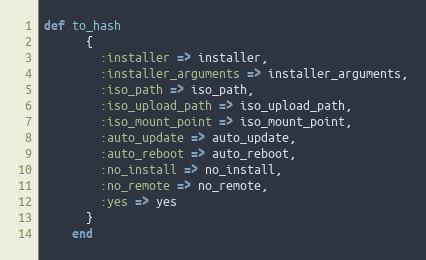
Language: Ruby
def to_hash
      {
        :installer => installer,
        :installer_arguments => installer_arguments,
        :iso_path => iso_path,
        :iso_upload_path => iso_upload_path,
        :iso_mount_point => iso_mount_point,
        :auto_update => auto_update,
        :auto_reboot => auto_reboot,
        :no_install => no_install,
        :no_remote => no_remote,
        :yes => yes
      }
    end